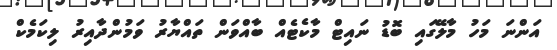
އަންނަ މަހު މާލޭގައި ބޮޑު ނައިޓް މާކެޓެއް ބާއްވަން ތައްޔާރު ވަމުންދާއިރު ލިކަމެކް